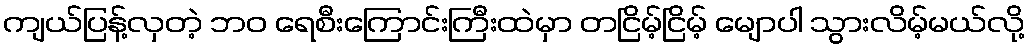
ကျယ်ပြန့်လှတဲ့ ဘဝ ရေစီးကြောင်းကြီးထဲမှာ တငြိမ့်ငြိမ့် မျောပါ သွားလိမ့်မယ်လို့